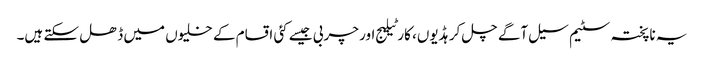
یہ ناپختہ سٹیم سیل آگے چل کر ہڈیوں، کارٹیلیج اور چربی جیسے کئی اقسام کے خلیوں میں ڈھل سکتے ہیں۔